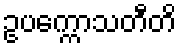
ဥပက္ကောသတီတိ